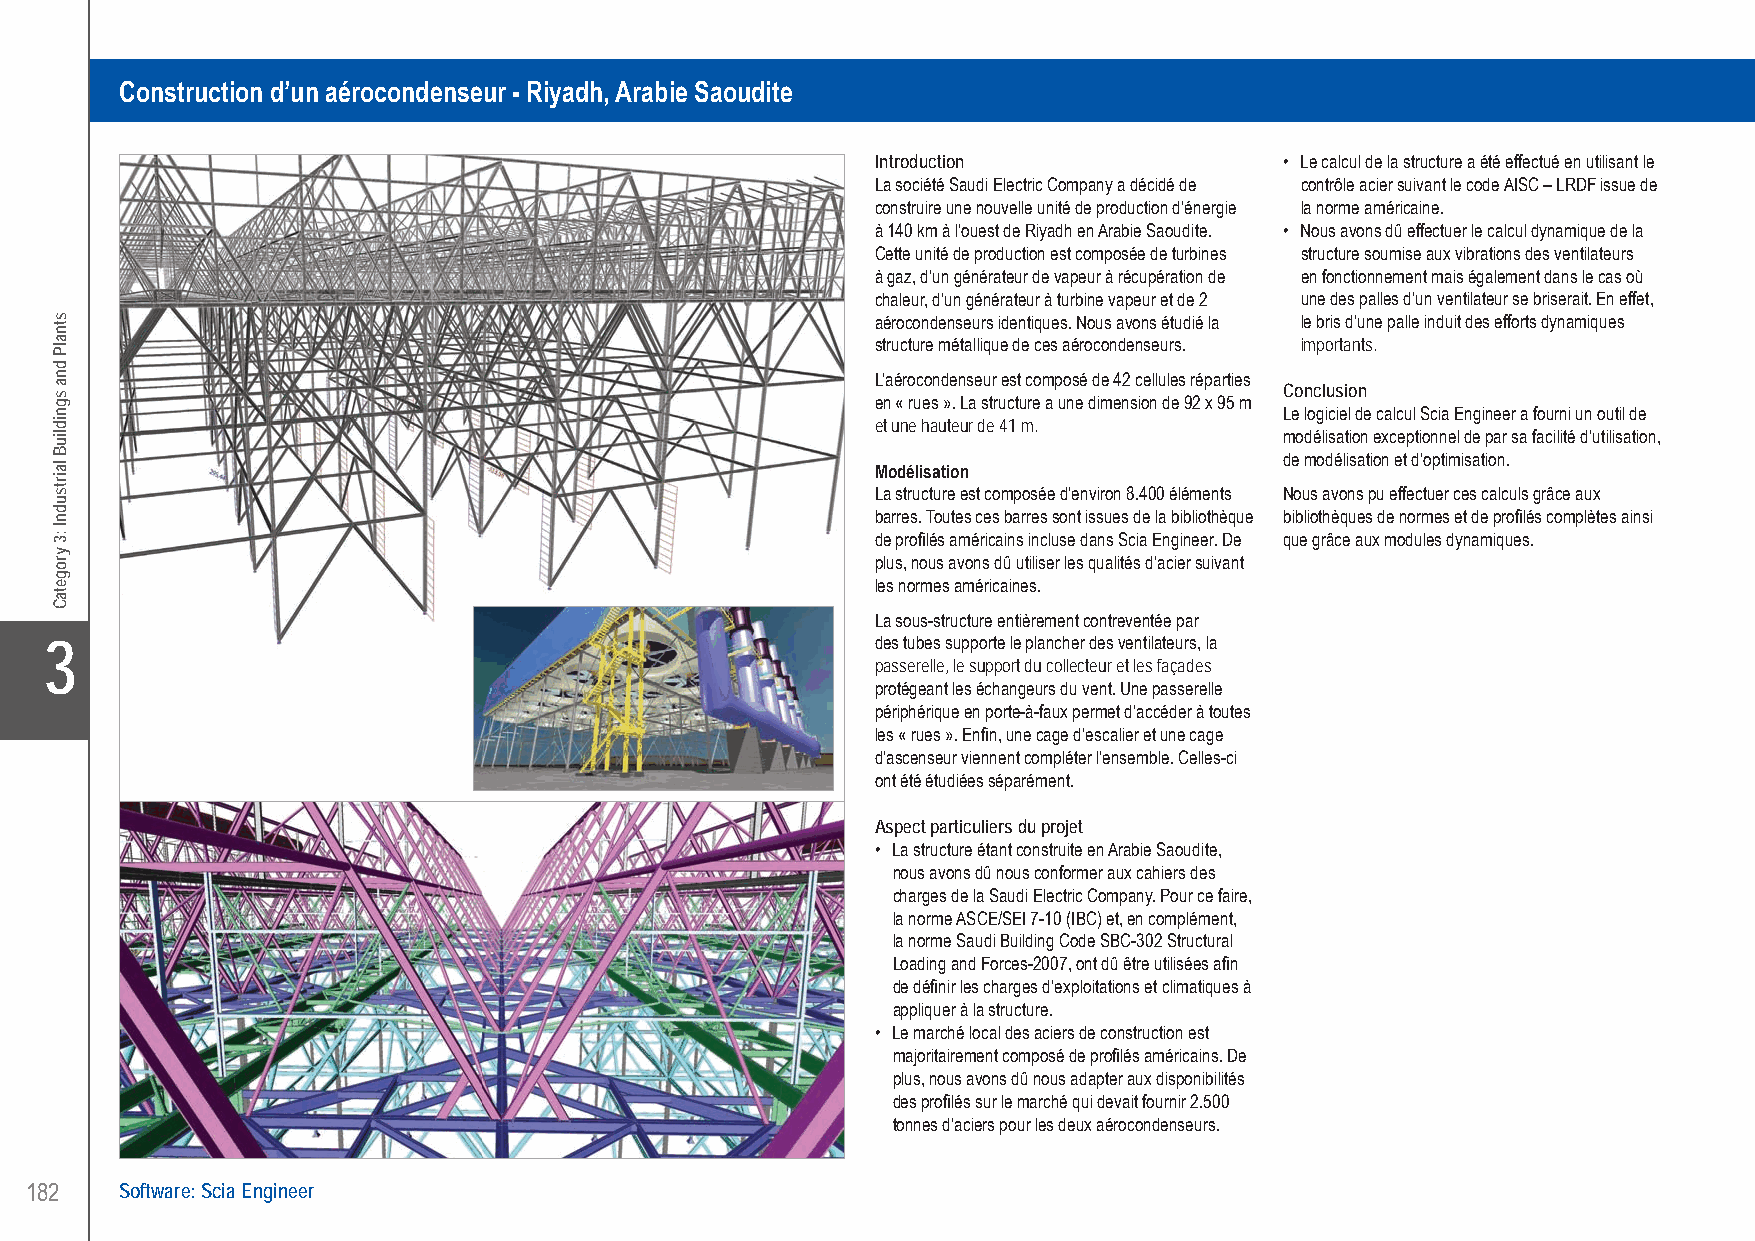
Bureau d’Etudes Lemaire sa Construction of an Air Cooled Condenser - Riyadh, Kingdom of Saudi Arabia
 Construction d’un aérocondenseur - Riyadh, Arabie Saoudite
 Introduction               • Le calcul de la structure a été effectué en utilisant le
 La société Saudi Electric Company a décidé de contrôle acier suivant le code AISC – LRDF issue de
 construire une nouvelle unité de production d’énergie la norme américaine.
 à 140 km à l’ouest de Riyadh en Arabie Saoudite. • Nous avons dû effectuer le calcul dynamique de la
 Cette unité de production est composée de turbines structure soumise aux vibrations des ventilateurs
 à gaz, d’un générateur de vapeur à récupération de en fonctionnement mais également dans le cas où
 chaleur, d’un générateur à turbine vapeur et de 2 une des palles d’un ventilateur se briserait. En effet,
 aérocondenseurs identiques. Nous avons étudié la le bris d’une palle induit des efforts dynamiques
 structure métallique de ces aérocondenseurs. importants.
 L’aérocondenseur est composé de 42 cellules réparties
 Conclusion en « rues ». La structure a une dimension de 92 x 95 m
 Le logiciel de calcul Scia Engineer a fourni un outil de
 et une hauteur de 41 m.
 modélisation exceptionnel de par sa facilité d’utilisation,
 de modélisation et d’optimisation.
 Modélisation
 La structure est composée d’environ 8.400 éléments Nous avons pu effectuer ces calculs grâce aux
 barres. Toutes ces barres sont issues de la bibliothèque bibliothèques de normes et de profilés complètes ainsi
 de profilés américains incluse dans Scia Engineer. De que grâce aux modules dynamiques.
 plus, nous avons dû utiliser les qualités d’acier suivant
 les normes américaines.
 La sous-structure entièrement contreventée par
 X3                                                     des tubes supporte le plancher des ventilateurs, la
 passerelle, le support du collecteur et les façades
 protégeant les échangeurs du vent. Une passerelle
 périphérique en porte-à-faux permet d’accéder à toutes
 les « rues ». Enfin, une cage d’escalier et une cage
 d’ascenseur viennent compléter l’ensemble. Celles-ci
 ont été étudiées séparément.
 Aspect particuliers du projet
 • La structure étant construite en Arabie Saoudite,
 nous avons dû nous conformer aux cahiers des
 charges de la Saudi Electric Company. Pour ce faire,
 la norme ASCE/SEI 7-10 (IBC) et, en complément,
 la norme Saudi Building Code SBC-302 Structural
 Loading and Forces-2007, ont dû être utilisées afin
 de définir les charges d’exploitations et climatiques à
 appliquer à la structure.
 • Le marché local des aciers de construction est
 majoritairement composé de profilés américains. De
 plus, nous avons dû nous adapter aux disponibilités
 des profilés sur le marché qui devait fournir 2.500
 tonnes d’aciers pour les deux aérocondenseurs.
 182   Software: Scia Engineer
 UC-2013-Book-V8.indd 182                                                                                  7/11/2013 12:04:43 PM
 stnalP
 dna
 sgnidliuB
 lairtsudnI
 :3
 yrogetaC